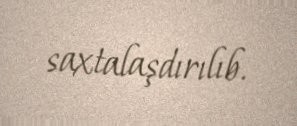
saxtalaşdırılıb.